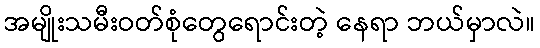
အမျိုးသမီးဝတ်စုံတွေရောင်းတဲ့ နေရာ ဘယ်မှာလဲ။